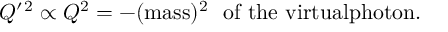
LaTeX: Q ^ { \prime \, 2 } \propto Q ^ { 2 } = - ( \mathrm { m a s s } ) ^ { 2 } \ \mathrm { ~ o f ~ t h e ~ v i r t u a l p h o t o n } .